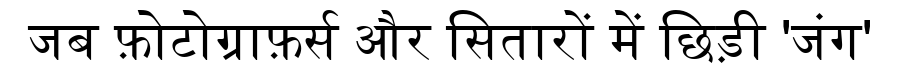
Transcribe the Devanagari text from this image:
जब फ़ोटोग्राफ़र्स और सितारों में छिड़ी 'जंग'